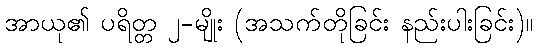
အာယု၏ ပရိတ္တ ၂-မျိုး (အသက်တိုခြင်း နည်းပါးခြင်း)။